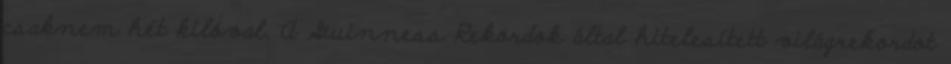
csaknem hét kilóval. A Guinness Rekordok által hitelesített világrekordot